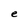
Character: e